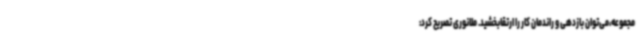
مجموعه،می‌توان بازدهی و راندمان کار را ارتقابخشید. ملانوری تصریح کرد: